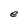
Character: e